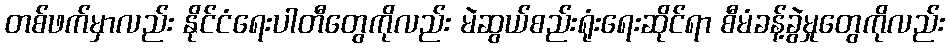
တစ်ဖက်မှာလည်း နိုင်ငံရေးပါတီတွေကိုလည်း မဲဆွယ်စည်းရုံးရေးဆိုင်ရာ စီမံခန့်ခွဲမှုတွေကိုလည်း